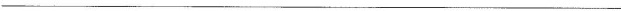
___